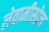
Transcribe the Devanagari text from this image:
लेवामीसोल